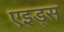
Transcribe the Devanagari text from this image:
एइड्स